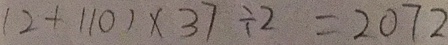
( 2 + 1 1 0 ) \times 3 7 \div 2 = 2 0 7 2